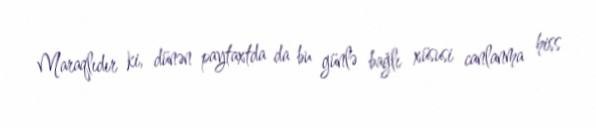
Maraqlıdır ki, dünən paytaxtda da bu günlə bağlı xüsusi canlanma hiss